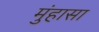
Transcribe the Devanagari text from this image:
मुंहासा